Janeda_(Ambla)_vallavalitsus, lk 2
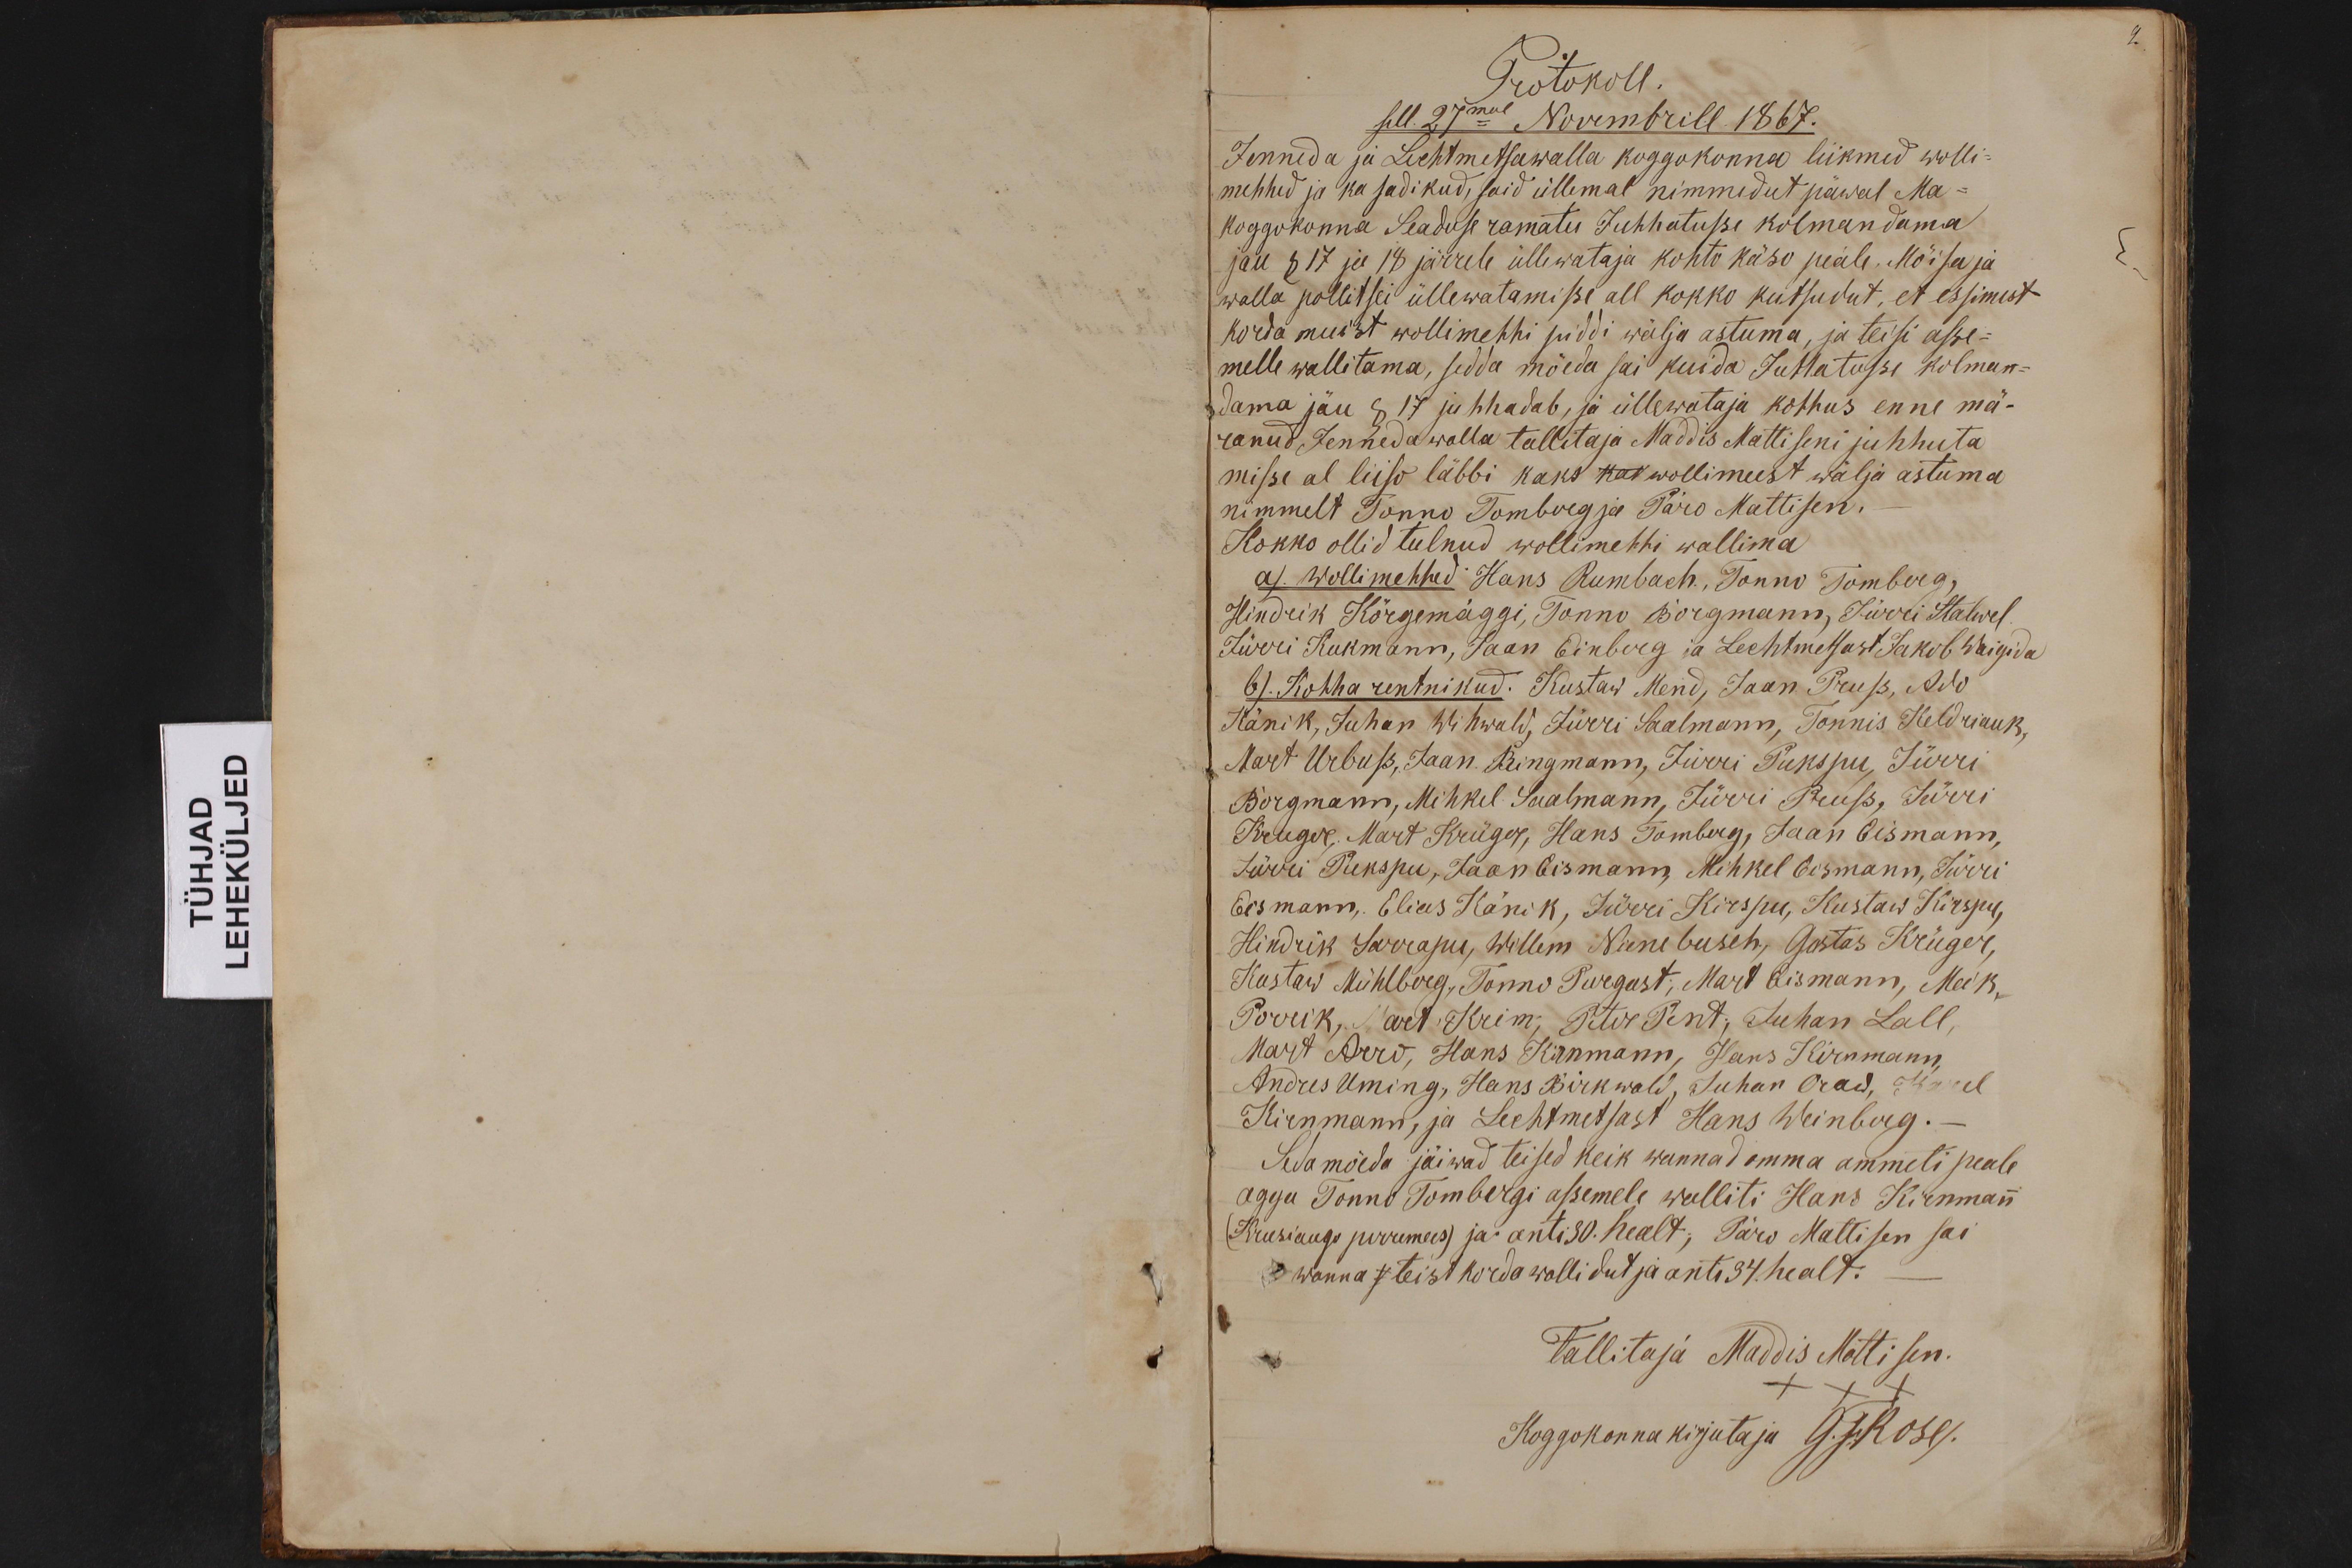
Protokoll.
sell. 27mal Novembrill 1867.
Jenneda ja Lechtmetsawalla koggokonna liikmed wolli-
mehhed ja ka sadikud, said üllemal nimmedut päwal Ma-
koggokonna Seaduse ramatu Juhhatusse kolmandama
jau § 17 ja 18 järrele üllewataja kohto käso peale. Mõisa ja
walla pollitsei üllewatamisse all kokko kutsudut, et essimest
korda muist wollimehhi piddi wälja astuma, ja teisi asse-
melle wallitama, sedda mõeda sai kuida Juhhatusse kolman-
dama jäu § 17 juhhadab, ja üllewataja kohhus enne mä-
ranud Jenneda walla tallitaja Maddis Mattiseni juhhuta
misse al liiso läbbi kaks kak wollimeest wälja astuma
nimmelt Tonno Tomberg ja Päro Mattisen.
Kokko ollid tulnud wollimehhi wallima
a). Wollimehhed Hans Rumbach, Tonno Tomberg,
Hindrik Kõrgemäggi, Tonno Borgmann, Jürri Stalwel.
Jürri Kukmann, Jaan Einberg ja Lechtmetsast Jakob Waigida
b). Kohha rentnikud. Kustaw Mend, Jaan Pruss, Ado
Känik, Juhan Wihwald, Jürri Saalmann, Tonnis Keldriauk,
Mart Urbuss, Jaan Ringmann, Jürri Pukspu, Jürri
Borgmann, Mihkel Saalmann, Jürri Pruss, Jürri
Kruger, Mart Krüger, Hans Tomberg, Jaan Eismann,
Jürri Pukspu, Jaan Eismann, Mihkel Eismann, Jürri
Eismann, Elias Känik, Jürri Kirspu, Kustaw Kirspu,
Hindrik Sarrapu, Willem Nienebusch, Gustas Krüger,
Kustaw Mühlberg, Tonno Purgast, Mart Eismann, Mick,
Porrik, Mart Krim, Peter Pent, Juhan Lall,
Mart Arro, Hans Kirnmann, Hans Kirnmann,
Andres Uming, Hans Birkwald, Juhan Oraw, Karel
Kirnmann, ja Lechtmetsast Hans Weinberg. -
Seda möeda jäiwad teised keik wannad omma ammeti peale
agga Tonno Tombergi asemele walliti Hans Kirnmann
(Krusiaugu perremees) ja anti 30. healt; Päro Mattisen sai
wanna / teist korda wallidud ja anti 34 healt.
Tallitaja Maddis Mattisen.
xxx
Koggokonna kirjutaja G. F. Rose/.